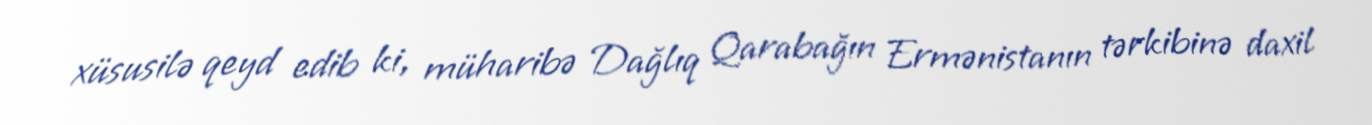
xüsusilə qeyd edib ki, müharibə Dağlıq Qarabağın Ermənistanın tərkibinə daxil